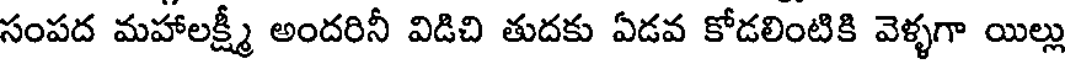
సంపద మహాలక్ష్మీ అందరినీ విడిచి తుదకు ఏడవ కోడలింటికి వెళ్ళగా యిల్లు